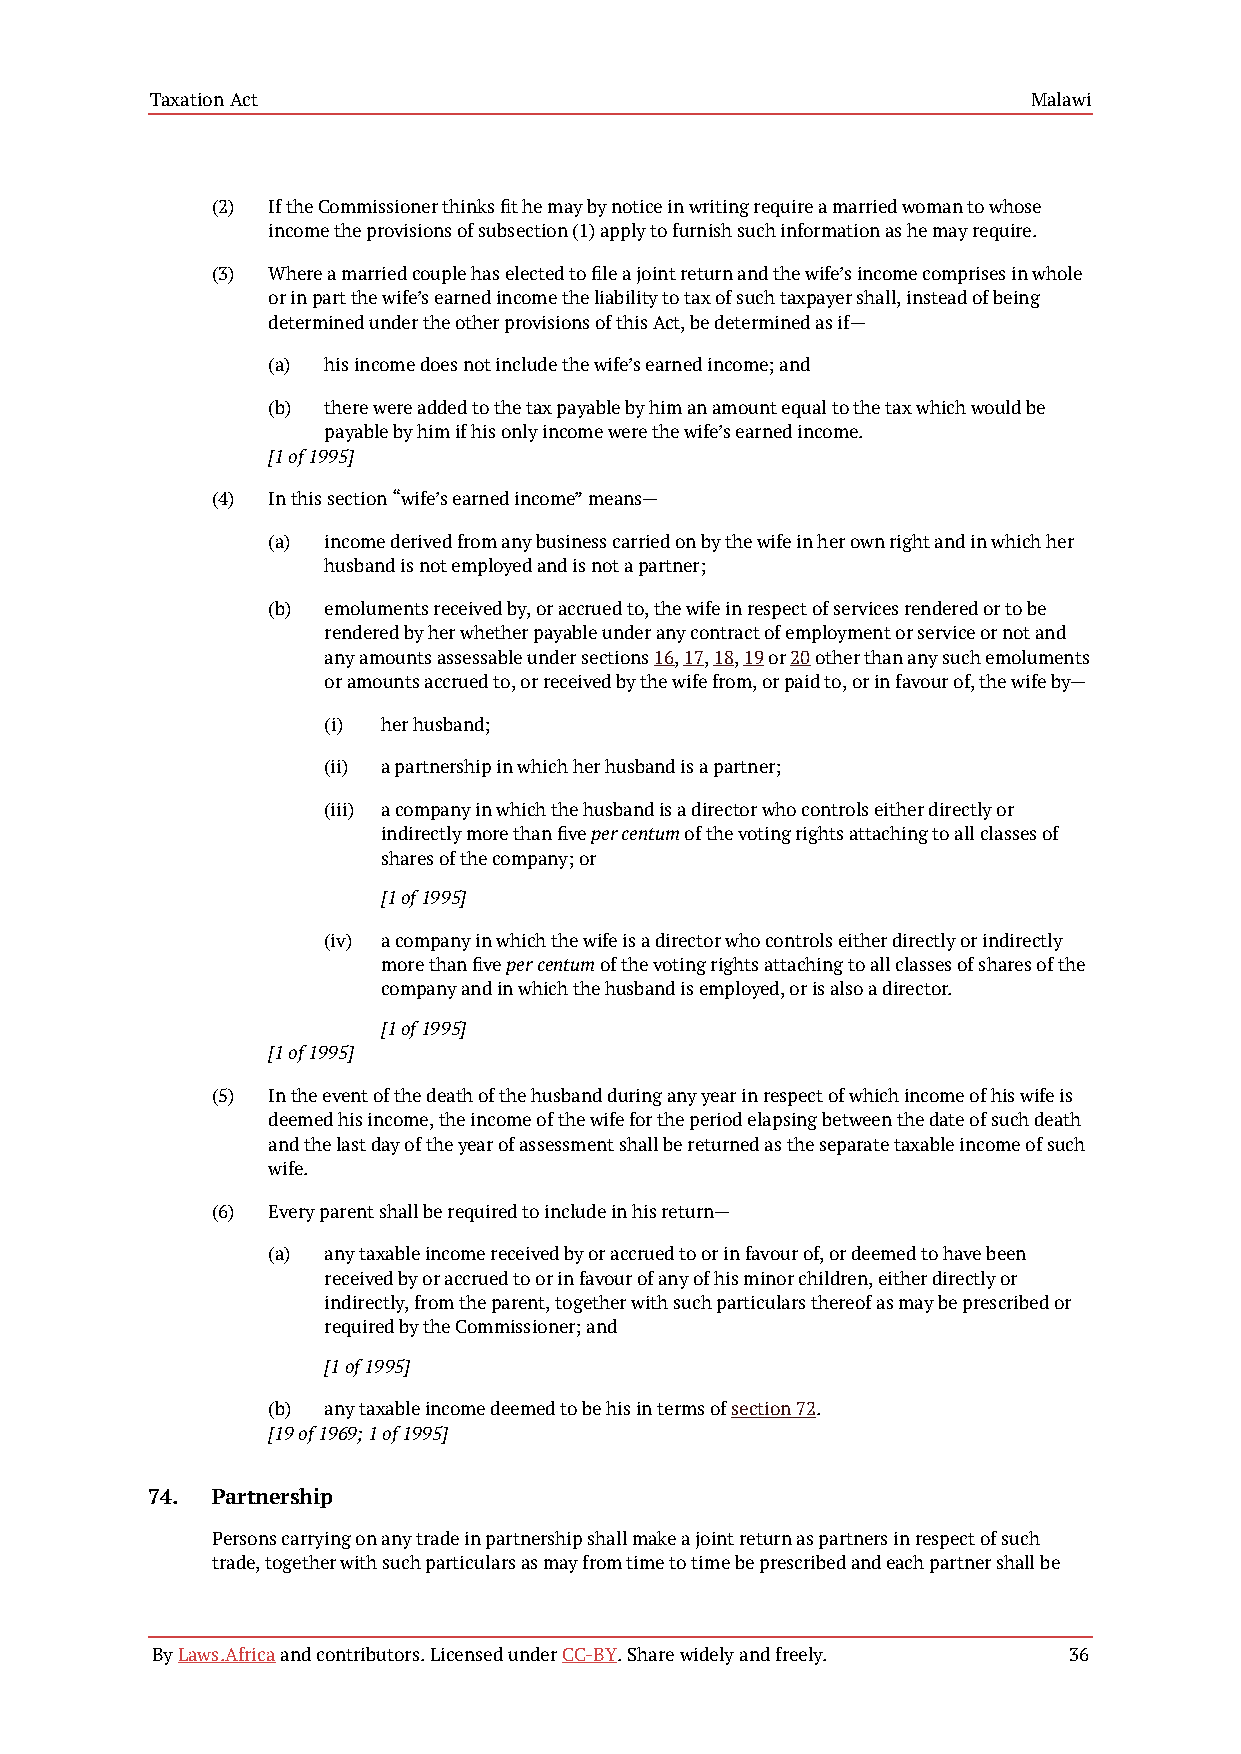
Taxation Act                                              Malawi
 (2) If the Commissioner thinks fit he may by notice in writing require a married woman to whose
 income the provisions of subsection (1) apply to furnish such information as he may require.
 (3) Where a married couple has elected to file a joint return and the wife’s income comprises in whole
 or in part the wife’s earned income the liability to tax of such taxpayer shall, instead of being
 determined under the other provisions of this Act, be determined as if—
 (a) his income does not include the wife’s earned income; and
 (b) there were added to the tax payable by him an amount equal to the tax which would be
 payable by him if his only income were the wife’s earned income.
 [1 of 1995]
 (4) In this section “wife’s earned income” means—
 (a) income derived from any business carried on by the wife in her own right and in which her
 husband is not employed and is not a partner;
 (b) emoluments received by, or accrued to, the wife in respect of services rendered or to be
 rendered by her whether payable under any contract of employment or service or not and
 any amounts assessable under sections 16, 17, 18, 19 or 20 other than any such emoluments
 or amounts accrued to, or received by the wife from, or paid to, or in favour of, the wife by—
 (i) her husband;
 (ii) a partnership in which her husband is a partner;
 (iii) a company in which the husband is a director who controls either directly or
 indirectly more than five per centum of the voting rights attaching to all classes of
 shares of the company; or
 [1 of 1995]
 (iv) a company in which the wife is a director who controls either directly or indirectly
 more than five per centum of the voting rights attaching to all classes of shares of the
 company and in which the husband is employed, or is also a director.
 [1 of 1995]
 [1 of 1995]
 (5) In the event of the death of the husband during any year in respect of which income of his wife is
 deemed his income, the income of the wife for the period elapsing between the date of such death
 and the last day of the year of assessment shall be returned as the separate taxable income of such
 wife.
 (6) Every parent shall be required to include in his return—
 (a) any taxable income received by or accrued to or in favour of, or deemed to have been
 received by or accrued to or in favour of any of his minor children, either directly or
 indirectly, from the parent, together with such particulars thereof as may be prescribed or
 required by the Commissioner; and
 [1 of 1995]
 (b) any taxable income deemed to be his in terms of section 72.
 [19 of 1969; 1 of 1995]
 74. Partnership
 Persons carrying on any trade in partnership shall make a joint return as partners in respect of such
 trade, together with such particulars as may from time to time be prescribed and each partner shall be
 By Laws.Africa and contributors. Licensed under CC-BY. Share widely and freely. 36